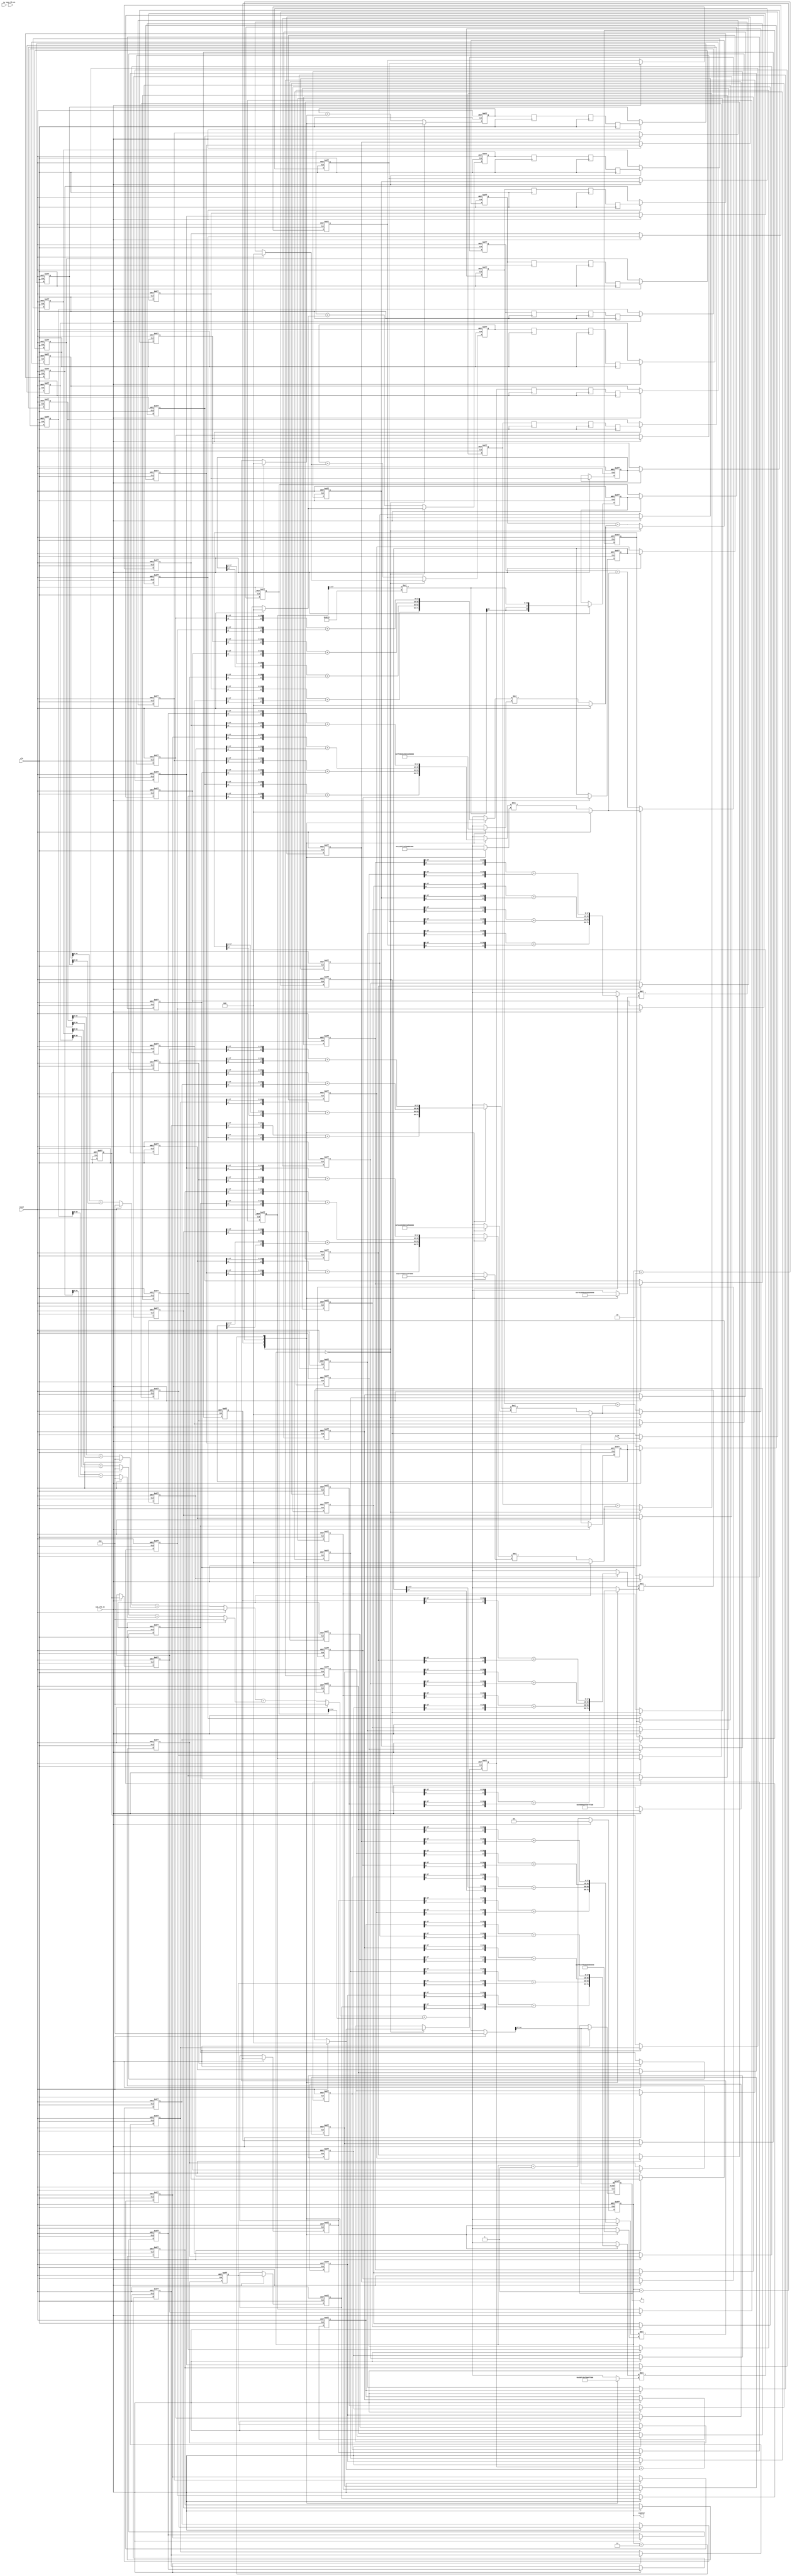
module rx_gs_filter #(
    parameter COEFF_LEN = 65,
    parameter HALF_COEFF_LEN = (COEFF_LEN-1)/2
)
( input clk, reset, sym_clk_en, sam_clk_en,
							input [1:0] sw,
                    input signed [17:0] x_in, //1s17
                    output reg signed [17:0] y, //1s17);
					output reg [1:0] counter);


// create array of vectors
integer  i;
reg signed [17:0] xd[COEFF_LEN-1:0]; // for 81 coefficients
reg signed [17:0] x[HALF_COEFF_LEN:0]; //2s16
reg signed [17:0] xm[7:0]; // 1s17
reg signed [17:0] h[7:0]; // 0s18
reg signed [35:0] m[7:0]; // 1s35
reg signed [35:0] m_acc[7:0]; // 1s35
reg signed [35:0] m_acc_reg[7:0]; //1s35
reg signed [35:0] sum_level_1[3:0]; // 1s35
reg signed [35:0] sum_level_2[1:0]; // 1s35
reg signed [35:0] sum_level_3; //[1:0]; // 1s35 only add sum_level_2[0:3]
// reg signed [35:0] sum_level_4[1:0]; // add sum_level3 and sum_level_2[4] with mout_21
reg signed [35:0] y_temp; // add sum_level4
reg signed [35:0] mout9, mout9_reg, mout9_reg2;

always @ (posedge clk or posedge reset)
	if (reset)
		counter <= 2'd0;
	// else if (counter == 2'd3)
	else if (sam_clk_en)
		counter <= 2'd0;
	else
		counter <= counter + 2'd1;

//initial begin
//	counter = 2'd0;
//end



// reg signed [18:0] sum_level_1[HALF_COEFF_LEN:0]; // 2s18
// reg signed [17:0] sum_out[HALF_COEFF_LEN-1:0];
// reg signed [36:0] mult_out[HALF_COEFF_LEN:0]; // 1s35 but changed to 2s35
// reg signed [17:0] b[HALF_COEFF_LEN:0]; // coefficients

always @ (posedge clk or posedge reset)
    if(reset)
        xd[0] <= 18'sd0;
    else if (sam_clk_en)
        xd[0] <= x_in;
	else
		xd[0] <= xd[0];

always @ (posedge clk or posedge reset)
    if(reset) 
    begin
        for(i=1; i<COEFF_LEN; i=i+1)
            xd[i] <= 18'sd0;
    end
    else if (sam_clk_en)
    begin
        for(i=1; i<COEFF_LEN; i=i+1)
            xd[i] <= xd[i-1];
    end
	else
    begin
        for(i=1; i<COEFF_LEN; i=i+1)
            xd[i] <= xd[i];
    end


always @ *
begin
    for(i=0; i<=HALF_COEFF_LEN-1; i= i+1)
    x[i] <= {xd[i][17], xd[i][17:1]} + {xd[COEFF_LEN-1-i][17], xd[COEFF_LEN-1-i][17:1]}; // sign extend to see whats up 2s17
end

// center value
always @ *
	x[HALF_COEFF_LEN] = {xd[HALF_COEFF_LEN][17], xd[HALF_COEFF_LEN][17:1]};

/************************sum_level***********************/

// s1
always @ *//(posedge clk or posedge reset)
	if(reset)
		for(i=0; i<4; i = i+1)
			sum_level_1[i] = 36'sd0;
	else
		for(i=0; i<4; i = i+1)
			sum_level_1[i] = m_acc_reg[2*i] + m_acc_reg[2*i+1];
 
 // s2
always @ *//(posedge clk or posedge reset)

	if(reset)
		for(i=0; i<2; i = i + 1)
			sum_level_2[i] = 36'sd0;
	else
		for(i=0; i<2; i = i+1)
			sum_level_2[i] = sum_level_1[2*i] + sum_level_1[2*i+1];

// s3
always @ *//(posedge clk or posedge reset)

	if(reset)
			sum_level_3 = 36'sd0;
	else
		// sum_level_3[0] = sum_level_2[0] + sum_level_2[1];
		sum_level_3 = sum_level_2[0] + sum_level_2[1];

		// for(i = 0; i<2; i = i + 1)
			// sum_level_3[i] = sum_level_2[2*i] + sum_level_2[2*i+1];


// // s4
// always @ (posedge clk or posedge reset)

// 	if(reset)
// 		begin
// 		sum_level_4[0] = 36'sd0;
// 		sum_level_4[1] = 36'sd0;
// 		end
// 	else
// 		begin
// 		sum_level_4[0] = sum_level_3[0] + sum_level_3[1];
// 		sum_level_4[1] = sum_level_2[4] + mout21_reg;
// 		end
// y_temp
always @ *
	if(reset)
		y_temp = 36'sd0;
	else
		y_temp = sum_level_3 + mout9_reg2;

always @ (posedge clk or posedge reset)
	if(reset)
		y <= y_temp[34:17];
	else if (sam_clk_en)
		y <= y_temp[34:17];
	else
		y <= y;
/********************** single coeff ***************/

wire signed [17:0] h32;

assign h32 = 18'sd 36468;

always @ *
	mout9 = x[32] * h32;

always @ (posedge clk or posedge reset)
	if (reset)
		// mout11_reg <= mout11;
		mout9_reg <= 18'sd0;
	else if (sam_clk_en)
		mout9_reg <= mout9;
	else
		mout9_reg <= mout9_reg;

always @ (posedge clk or posedge reset)
	if (reset)
		// mout21_reg2 <= mout21_reg;
		mout9_reg2 <= 18'sd0;
	else if (sam_clk_en)
		mout9_reg2 <= mout9_reg;
	else
		mout9_reg2 <= mout9_reg2;


/************************* m[0]******************/

always @ *
	if(reset)
		m[0] = 36'sd0;
	else
		m[0] = xm[0] * h[0];

always @ (posedge clk or posedge reset)
	if(reset)
		m_acc[0] <= 36'sd0;
	else if (counter == 2'd0)
		m_acc[0] <= m[0];
	else
		m_acc[0] <= m_acc[0] + m[0];

reg signed [35:0] m0_acc_delay[2:0];

always @ (posedge clk)
		begin
		m0_acc_delay[0] <= m_acc[0];
		m0_acc_delay[1] <= m0_acc_delay[0];
		m0_acc_delay[2] <= m0_acc_delay[1];
		end

always @ (posedge clk or posedge reset)
	if(reset)
		m_acc_reg[0] <= 36'sd0;
	else if (sam_clk_en)
		m_acc_reg[0] <= m0_acc_delay[2];
	else
		m_acc_reg[0] <= m_acc_reg[0];

/************************* m[1]******************/

always @ *
	if(reset)
		m[1] = 36'sd0;
	else
		m[1] = xm[1] * h[1];

always @ (posedge clk or posedge reset)
	if(reset)
		m_acc[1] <= 36'sd0;
	else if (counter == 2'd0)
		m_acc[1] <= m[1];
	else
		m_acc[1] <= m_acc[1] + m[1];

reg signed [35:0] m1_acc_delay[2:0];

always @ (posedge clk)
		begin
		m1_acc_delay[0] <= m_acc[1];
		m1_acc_delay[1] <= m1_acc_delay[0];
		m1_acc_delay[2] <= m1_acc_delay[1];
		end

always @ (posedge clk or posedge reset)
	if(reset)
		m_acc_reg[1] <= 36'sd0;
	else if (sam_clk_en)
		m_acc_reg[1] <= m1_acc_delay[2];
	else
		m_acc_reg[1] <= m_acc_reg[1];

/************************* m[2]******************/

always @ *
	if(reset)
		m[2] = 36'sd0;
	else
		m[2] = xm[2] * h[2];

always @ (posedge clk or posedge reset)
	if(reset)
		m_acc[2] <= 36'sd0;
	else if (counter == 2'd0)
		m_acc[2] <= m[2];
	else
		m_acc[2] <= m_acc[2] + m[2];

reg signed [35:0] m2_acc_delay[2:0];

always @ (posedge clk)
		begin
		m2_acc_delay[0] <= m_acc[2];
		m2_acc_delay[1] <= m2_acc_delay[0];
		m2_acc_delay[2] <= m2_acc_delay[1];
		end

always @ (posedge clk or posedge reset)
	if(reset)
		m_acc_reg[2] <= 36'sd0;
	else if (sam_clk_en)
		m_acc_reg[2] <= m2_acc_delay[2];
	else
		m_acc_reg[2] <= m_acc_reg[2];

/************************* m[3]******************/

always @ *
	if(reset)
		m[3] = 36'sd0;
	else
		m[3] = xm[3] * h[3];

always @ (posedge clk or posedge reset)
	if(reset)
		m_acc[3] <= 36'sd0;
	else if (counter == 2'd0)
		m_acc[3] <= m[3];
	else
		m_acc[3] <= m_acc[3] + m[3];

reg signed [35:0] m3_acc_delay[2:0];

always @ (posedge clk)
		begin
		m3_acc_delay[0] <= m_acc[3];
		m3_acc_delay[1] <= m3_acc_delay[0];
		m3_acc_delay[2] <= m3_acc_delay[1];
		end

always @ (posedge clk or posedge reset)
	if(reset)
		m_acc_reg[3] <= 36'sd0;
	else if (sam_clk_en)
		m_acc_reg[3] <= m3_acc_delay[2];
	else
		m_acc_reg[3] <= m_acc_reg[3];

/************************* m[4]******************/

always @ *
	if(reset)
		m[4] = 36'sd0;
	else
		m[4] = xm[4] * h[4];

always @ (posedge clk or posedge reset)
	if(reset)
		m_acc[4] <= 36'sd0;
	else if (counter == 2'd0)
		m_acc[4] <= m[4];
	else
		m_acc[4] <= m_acc[4] + m[4];

reg signed [35:0] m4_acc_delay[2:0];

always @ (posedge clk)
		begin
		m4_acc_delay[0] <= m_acc[4];
		m4_acc_delay[1] <= m4_acc_delay[0];
		m4_acc_delay[2] <= m4_acc_delay[1];
		end

always @ (posedge clk or posedge reset)
	if(reset)
		m_acc_reg[4] <= 36'sd0;
	else if (sam_clk_en)
		m_acc_reg[4] <= m4_acc_delay[2];
	else
		m_acc_reg[4] <= m_acc_reg[4];

/************************* m[5]******************/

always @ *
	if(reset)
		m[5] = 36'sd0;
	else
		m[5] = xm[5] * h[5];

always @ (posedge clk or posedge reset)
	if(reset)
		m_acc[5] <= 36'sd0;
	else if (counter == 2'd0)
		m_acc[5] <= m[5];
	else
		m_acc[5] <= m_acc[5] + m[5];

reg signed [35:0] m5_acc_delay[2:0];

always @ (posedge clk)
		begin
		m5_acc_delay[0] <= m_acc[5];
		m5_acc_delay[1] <= m5_acc_delay[0];
		m5_acc_delay[2] <= m5_acc_delay[1];
		end

always @ (posedge clk or posedge reset)
	if(reset)
		m_acc_reg[5] <= 36'sd0;
	else if (sam_clk_en)
		m_acc_reg[5] <= m5_acc_delay[2];
	else
		m_acc_reg[5] <= m_acc_reg[5];

/************************* m[6]******************/

always @ *
	if(reset)
		m[6] = 36'sd0;
	else
		m[6] = xm[6] * h[6];

always @ (posedge clk or posedge reset)
	if(reset)
		m_acc[6] <= 36'sd0;
	else if (counter == 2'd0)
		m_acc[6] <= m[6];
	else
		m_acc[6] <= m_acc[6] + m[6];

reg signed [35:0] m6_acc_delay[2:0];

always @ (posedge clk)
		begin
		m6_acc_delay[0] <= m_acc[6];
		m6_acc_delay[1] <= m6_acc_delay[0];
		m6_acc_delay[2] <= m6_acc_delay[1];
		end

always @ (posedge clk or posedge reset)
	if(reset)
		m_acc_reg[6] <= 36'sd0;
	else if (sam_clk_en)
		m_acc_reg[6] <= m6_acc_delay[2];
	else
		m_acc_reg[6] <= m_acc_reg[6];

/************************* m[7]******************/

always @ *
	if(reset)
		m[7] = 36'sd0;
	else
		m[7] = xm[7] * h[7];

always @ (posedge clk or posedge reset)
	if(reset)
		m_acc[7] <= 36'sd0;
	else if (counter == 2'd0)
		m_acc[7] <= m[7];
	else
		m_acc[7] <= m_acc[7] + m[7];

reg signed [35:0] m7_acc_delay[2:0];

always @ (posedge clk)
		begin
		m7_acc_delay[0] <= m_acc[7];
		m7_acc_delay[1] <= m7_acc_delay[0];
		m7_acc_delay[2] <= m7_acc_delay[1];
		end

always @ (posedge clk or posedge reset)
	if(reset)
		m_acc_reg[7] <= 36'sd0;
	else if (sam_clk_en)
		m_acc_reg[7] <= m7_acc_delay[2];
	else
		m_acc_reg[7] <= m_acc_reg[7];

/************************** LUTS ********************/

always @ *
begin
	case(counter)
		2'd0 : h[0] = 18'sd 402;
		2'd1 : h[0] = 18'sd 165;
		2'd2 : h[0] = -18'sd 259;
		2'd3 : h[0] = -18'sd 581;
		default: h[0] = 18'sd 402;
	endcase
end
always @ *
begin
	case(counter)
		2'd0 : h[1] = -18'sd 535;
		2'd1 : h[1] = -18'sd 74;
		2'd2 : h[1] = 18'sd 546;
		2'd3 : h[1] = 18'sd 899;
		default: h[1] = -18'sd 535;
	endcase
end
always @ *
begin
	case(counter)
		2'd0 : h[2] = 18'sd 669;
		2'd1 : h[2] = -18'sd 97;
		2'd2 : h[2] = -18'sd 957;
		2'd3 : h[2] = -18'sd 1310;
		default: h[2] = 18'sd 669;
	endcase
end
always @ *
begin
	case(counter)
		2'd0 : h[3] = -18'sd 799;
		2'd1 : h[3] = 18'sd 387;
		2'd2 : h[3] = 18'sd 1546;
		2'd3 : h[3] = 18'sd 1854;
		default: h[3] = -18'sd 799;
	endcase
end
always @ *
begin
	case(counter)
		2'd0 : h[4] = 18'sd 918;
		2'd1 : h[4] = -18'sd 866;
		2'd2 : h[4] = -18'sd 2429;
		2'd3 : h[4] = -18'sd 2629;
		default: h[4] = 18'sd 918;
	endcase
end
always @ *
begin
	case(counter)
		2'd0 : h[5] = -18'sd 1018;
		2'd1 : h[5] = 18'sd 1706;
		2'd2 : h[5] = 18'sd 3914;
		2'd3 : h[5] = 18'sd 3921;
		default: h[5] = -18'sd 1018;
	endcase
end
always @ *
begin
	case(counter)
		2'd0 : h[6] = 18'sd 1094;
		2'd1 : h[6] = -18'sd 3463;
		2'd2 : h[6] = -18'sd 7134;
		2'd3 : h[6] = -18'sd 6946;
		default: h[6] = 18'sd 1094;
	endcase
end
always @ *
begin
	case(counter)
		2'd0 : h[7] = -18'sd 1142;
		2'd1 : h[7] = 18'sd 9656;
		2'd2 : h[7] = 18'sd 22358;
		2'd3 : h[7] = 18'sd 32565;
		default: h[7] = -18'sd 1142;
	endcase
end
always @ *
begin
	case(counter)
		2'd0 : xm[0] = x[0];
		2'd1 : xm[0] = x[1];
		2'd2 : xm[0] = x[2];
		2'd3 : xm[0] = x[3];
		default: xm[0] = x[0];
	endcase
end
always @ *
begin
	case(counter)
		2'd0 : xm[1] = x[4];
		2'd1 : xm[1] = x[5];
		2'd2 : xm[1] = x[6];
		2'd3 : xm[1] = x[7];
		default: xm[1] = x[4];
	endcase
end
always @ *
begin
	case(counter)
		2'd0 : xm[2] = x[8];
		2'd1 : xm[2] = x[9];
		2'd2 : xm[2] = x[10];
		2'd3 : xm[2] = x[11];
		default: xm[2] = x[8];
	endcase
end
always @ *
begin
	case(counter)
		2'd0 : xm[3] = x[12];
		2'd1 : xm[3] = x[13];
		2'd2 : xm[3] = x[14];
		2'd3 : xm[3] = x[15];
		default: xm[3] = x[12];
	endcase
end
always @ *
begin
	case(counter)
		2'd0 : xm[4] = x[16];
		2'd1 : xm[4] = x[17];
		2'd2 : xm[4] = x[18];
		2'd3 : xm[4] = x[19];
		default: xm[4] = x[16];
	endcase
end
always @ *
begin
	case(counter)
		2'd0 : xm[5] = x[20];
		2'd1 : xm[5] = x[21];
		2'd2 : xm[5] = x[22];
		2'd3 : xm[5] = x[23];
		default: xm[5] = x[20];
	endcase
end
always @ *
begin
	case(counter)
		2'd0 : xm[6] = x[24];
		2'd1 : xm[6] = x[25];
		2'd2 : xm[6] = x[26];
		2'd3 : xm[6] = x[27];
		default: xm[6] = x[24];
	endcase
end
always @ *
begin
	case(counter)
		2'd0 : xm[7] = x[28];
		2'd1 : xm[7] = x[29];
		2'd2 : xm[7] = x[30];
		2'd3 : xm[7] = x[31];
		default: xm[7] = x[28];
	endcase
end
endmodule